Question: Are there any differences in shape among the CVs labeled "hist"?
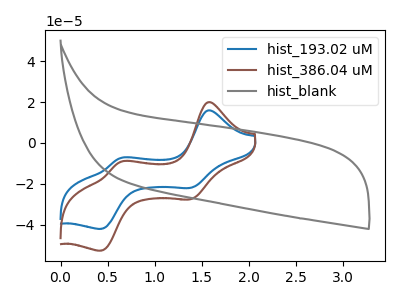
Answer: <think>The blue curve "hist_193.02 uM" has anodic peaks at (1.55V, 15.85uA) (0.65V, -7.40uA) and cathodic peaks at (1.40V, -22.00uA) (0.45V, -42.00uA). The brown curve "hist_386.04 uM" has anodic peaks at (1.55V, 19.85uA) (0.65V, -9.30uA) and cathodic peaks at (1.40V, -27.55uA) (0.45V, -52.65uA). The gray curve "hist_blank" has no peaks.
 All the peaks in "hist_193.02 uM" have a peak in "hist_386.04 uM" at the same potential. "hist_193.02 uM" and "hist_blank" have a different number of peaks. "hist_386.04 uM" and "hist_blank" have a different number of peaks.</think>
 <answer>All the CV's of "hist" have similar shape.</answer>
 <eval>follow_rule</eval>